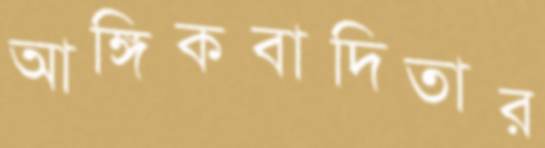
আঙ্গিকবাদিতার